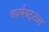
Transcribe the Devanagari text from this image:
कार्यपट्ट्या